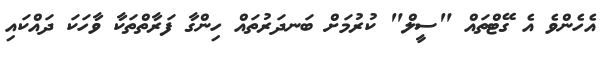
އެހެންވެ އެ ގޭޓްތައް "ސީލް" ކުރުމަށް ބަނދަރުތައް ހިންގާ ފަރާތްތަކާ ވާހަކަ ދައްކައި